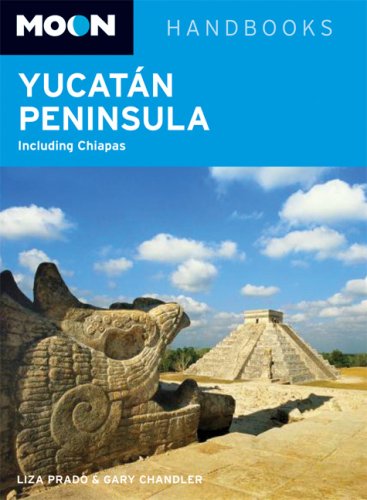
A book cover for Moon Yucatan Peninsula: Including Chiapas (Moon Handbooks); Liza Prado; Travel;